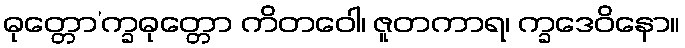
ဓုတ္တော’က္ခဓုတ္တော ကိတဝေါ၊ ဇူတကာရ၊ က္ခဒေဝိနော။